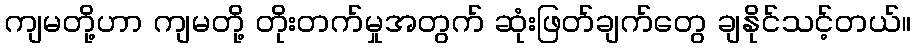
ကျမတို့ဟာ ကျမတို့ တိုးတက်မှုအတွက် ဆုံးဖြတ်ချက်တွေ ချနိုင်သင့်တယ်။